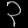
Digit: ၃